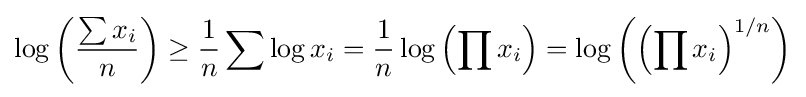
\log \left({\frac {\sum x_{i}}{n}}\right)\geq {\frac {1}{n}}\sum \log x_{i}={\frac {1}{n}}\log \left(\prod x_{i}\right)=\log \left(\left(\prod x_{i}\right)^{1/n}\right)